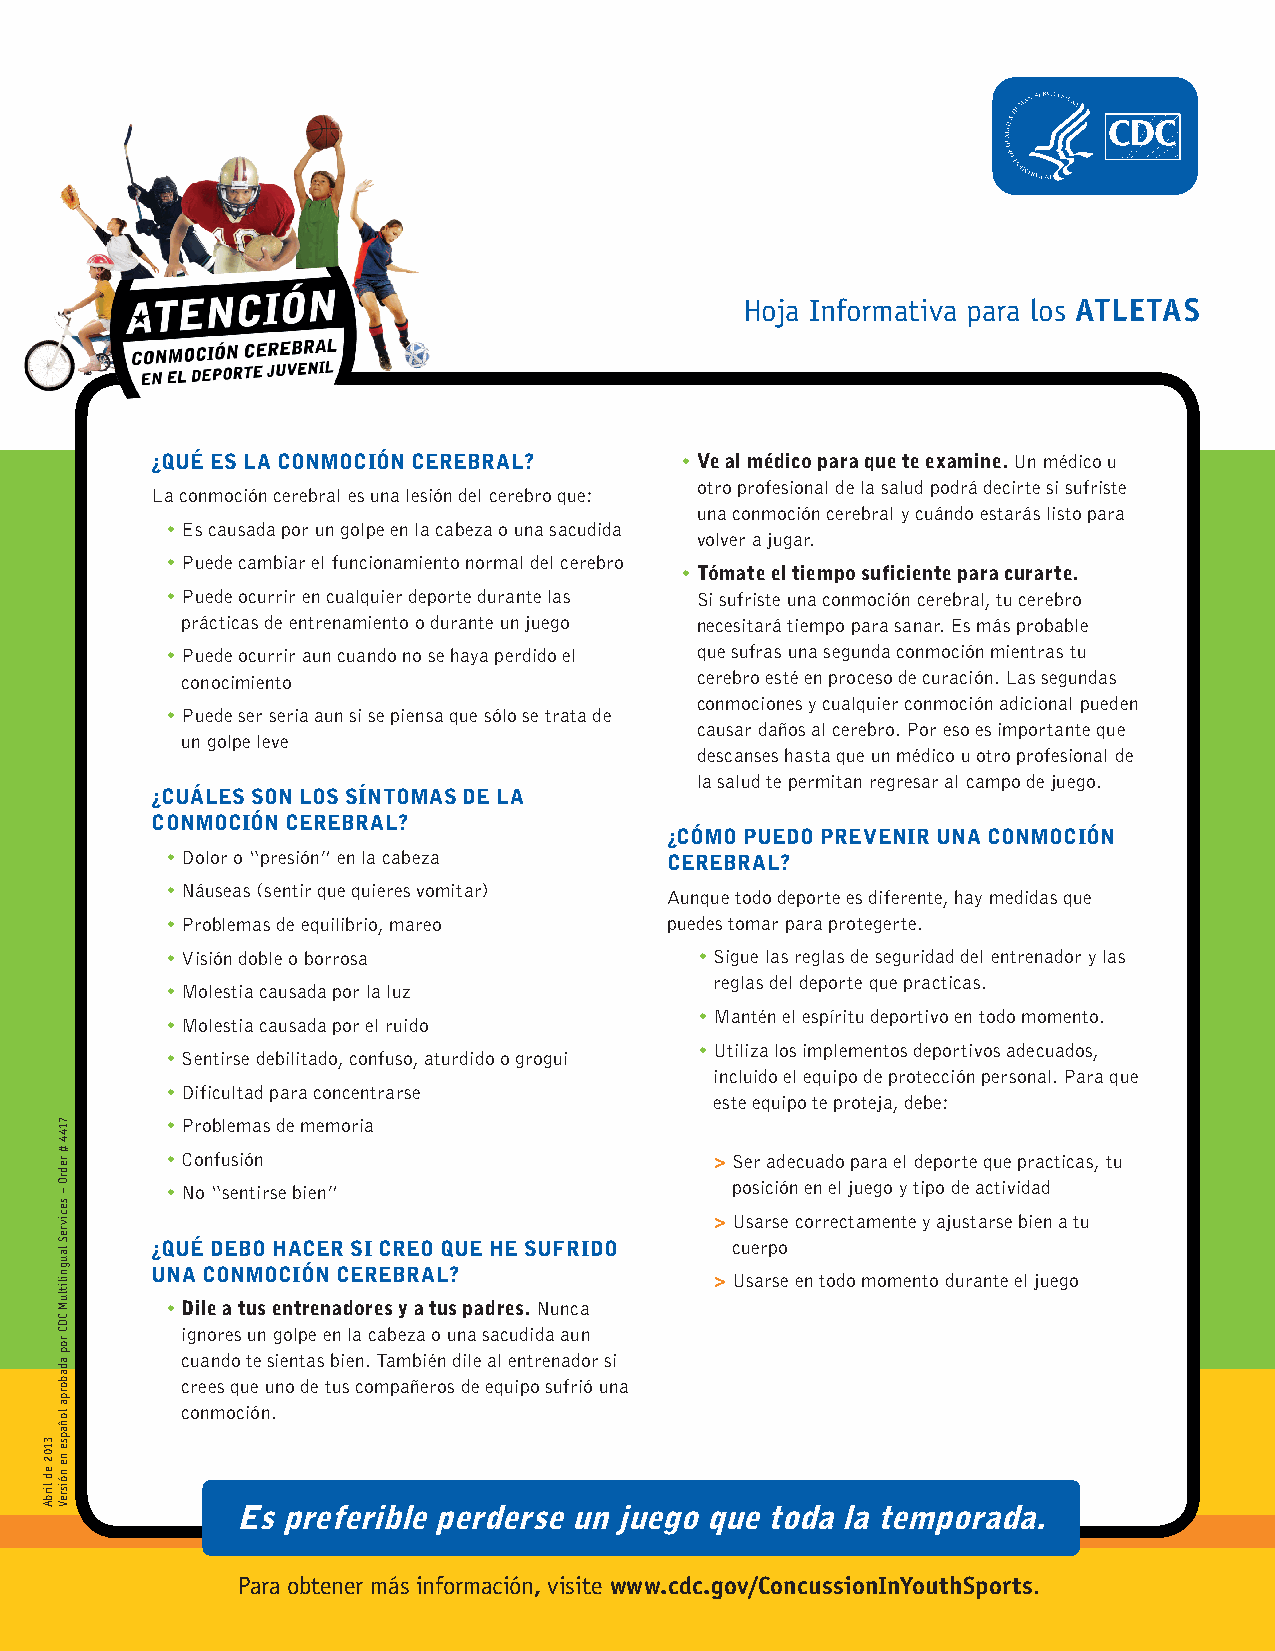
Hoja Informativa para los ATLETAS
 ¿QUÉ ES LA CONMOCIÓN CEREBRAL?     • Ve al médico para que te examine. Un médico u
 otro profesional de la salud podrá decirte si sufriste
 La conmoción cerebral es una lesión del cerebro que:
 una conmoción cerebral y cuándo estarás listo para
 • Es causada por un golpe en la cabeza o una sacudida
 volver a jugar.
 • Puede cambiar el funcionamiento normal del cerebro
 • Tómate el tiempo suficiente para curarte.
 • Puede ocurrir en cualquier deporte durante las Si sufriste una conmoción cerebral, tu cerebro
 prácticas de entrenamiento o durante un juego necesitará tiempo para sanar. Es más probable
 • Puede ocurrir aun cuando no se haya perdido el que sufras una segunda conmoción mientras tu
 conocimiento                      cerebro esté en proceso de curación. Las segundas
 conmociones y cualquier conmoción adicional pueden
 • Puede ser seria aun si se piensa que sólo se trata de
 causar daños al cerebro. Por eso es importante que
 un golpe leve
 descanses hasta que un médico u otro profesional de
 la salud te permitan regresar al campo de juego.
 ¿CUÁLES SON LOS SÍNTOMAS DE LA
 CONMOCIÓN CEREBRAL?
 ¿CÓMO PUEDO PREVENIR UNA CONMOCIÓN
 • Dolor o “presión” en la cabeza CEREBRAL?
 • Náuseas (sentir que quieres vomitar)
 Aunque todo deporte es diferente, hay medidas que
 • Problemas de equilibrio, mareo puedes tomar para protegerte.
 • Visión doble o borrosa           • S igue las reglas de seguridad del entrenador y las
 reglas del deporte que practicas.
 • Molestia causada por la luz
 • M antén el espíritu deportivo en todo momento.
 • Molestia causada por el ruido
 • U tiliza los implementos deportivos adecuados,
 • Sentirse debilitado, confuso, aturdido o grogui
 incluido el equipo de protección personal. Para que
 • Dificultad para concentrarse
 este equipo te proteja, debe:
 • Problemas de memoria
 • Confusión                         > Ser adecuado para el deporte que practicas, tu
 • No “sentirse bien”                 posición en el juego y tipo de actividad
 > Usarse correctamente y ajustarse bien a tu
 ¿QUÉ DEBO HACER SI CREO QUE HE SUFRIDO cuerpo
 UNA CONMOCIÓN CEREBRAL?
 > Usarse en todo momento durante el juego
 • D ile a tus entrenadores y a tus padres. Nunca
 ignores un golpe en la cabeza o una sacudida aun
 cuando te sientas bien. También dile al entrenador si
 crees que uno de tus compañeros de equipo sufrió una
 conmoción.
 Es preferible perderse un juego que toda la temporada.
 Para obtener más información, visite www.cdc.gov/ConcussionInYouthSports.
 3102
 ed
 lirbA
 7144
 # redrO
 –
 secivreS
 laugnilitluM
 CDC
 rop
 adaborpa
 loñapse
 ne
 nóisreV